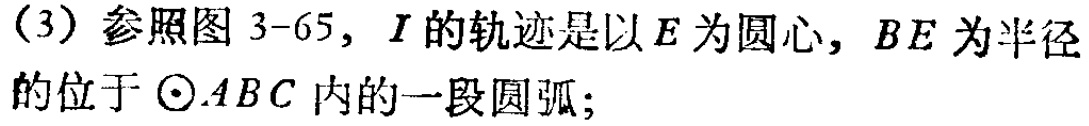
（3）参照图 3-65，\(I\)的轨迹是以\(E\)为圆心，\(BE\)为半径的位于\(\odot ABC\)内的一段圆弧；